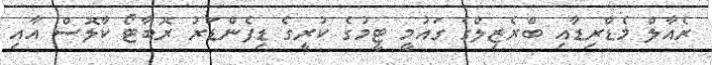
ރެއާލް މެޑްރިޑާއި ބްރެޒިލްގެ ގައުމީ ޓީމުގެ ކުރީގެ ޑިފެންޑަރު ރޮބާޓޯ ކާލޮސް އާއި